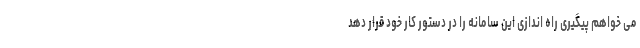
می خواهم پیگیری راه اندازی این سامانه را در دستور کار خود قرار دهد